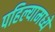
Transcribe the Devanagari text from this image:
पहिल्यामध्ये